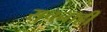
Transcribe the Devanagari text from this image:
सुचनाही